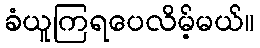
ခံယူကြရပေလိမ့်မယ်။